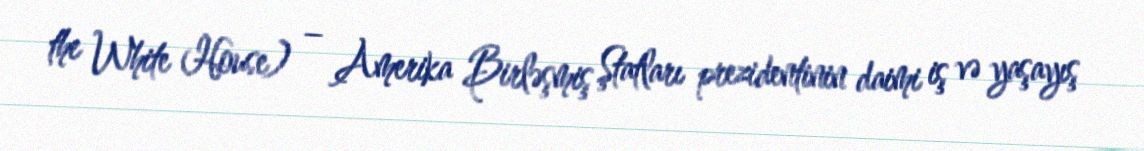
the White House) – Amerika Birləşmiş Ştatları prezidentinin daimi iş və yaşayış